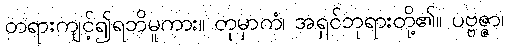
တရားကျင့်၍ရဘိမူကား။ တုမှာကံ၊ အရှင်ဘုရားတို့၏။ ပဗ္ဗဇ္ဇာ၊